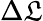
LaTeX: \Delta\mathfrak{L}